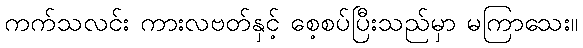
ကက်သလင်း ကားလဗတ်နှင့် စေ့စပ်ပြီးသည်မှာ မကြာသေး။